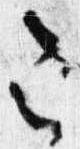
令